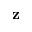
{ \bf z }